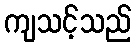
ကျသင့်သည်